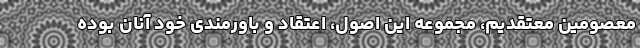
معصومین معتقدیم، مجموعه این اصول، اعتقاد و باورمندی خود آنان بوده